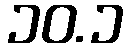
၁၀.၁